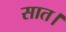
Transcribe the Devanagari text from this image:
सात।